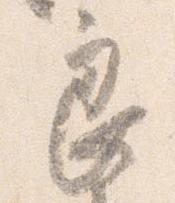
良